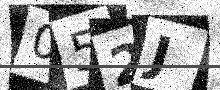
Text: 052J